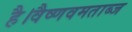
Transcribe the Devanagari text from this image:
है।वैष्णवमताब्ज